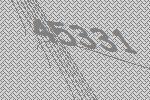
45331